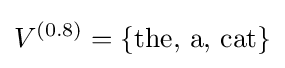
V^{(0.8)}=\{{\text{the, a, cat}}\}